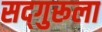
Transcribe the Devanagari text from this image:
सद्‌गुरूला